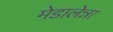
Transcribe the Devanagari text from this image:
मेडालेन्ना